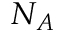
N _ { A }